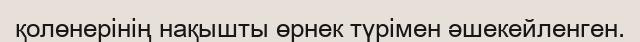
қолөнерінің нақышты өрнек түрімен әшекейленген.